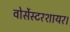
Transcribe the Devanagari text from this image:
वोर्सेस्टरशायर।